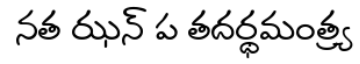
నత ఝన్ ప తదర్థమంత్ర్య